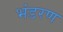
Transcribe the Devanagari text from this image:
भंडरण